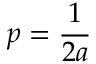
p = { \frac { 1 } { 2 a } }